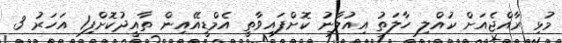
މުޅި ރާއްޖެއަށް ކުއްލި ހާލަތު އިއުލާނު ކޮށްފައިވާތީ އެމްޑީއޭއިިން ތާއީދުކޮށްފި1 އަހަރު 3